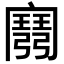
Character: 𢐭